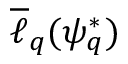
\overline { { \ell } } _ { q } ( \psi _ { q } ^ { * } )